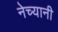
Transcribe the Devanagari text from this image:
नेच्यानी